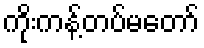
ကိုးကန့်တပ်မတော်